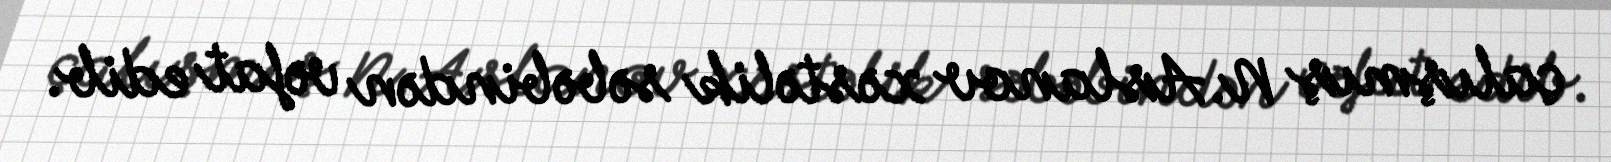
çalışmış N.Aslanov xəstəlik səbəbindən vəfat edib.